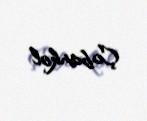
Çobankol